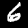
Digit: 6